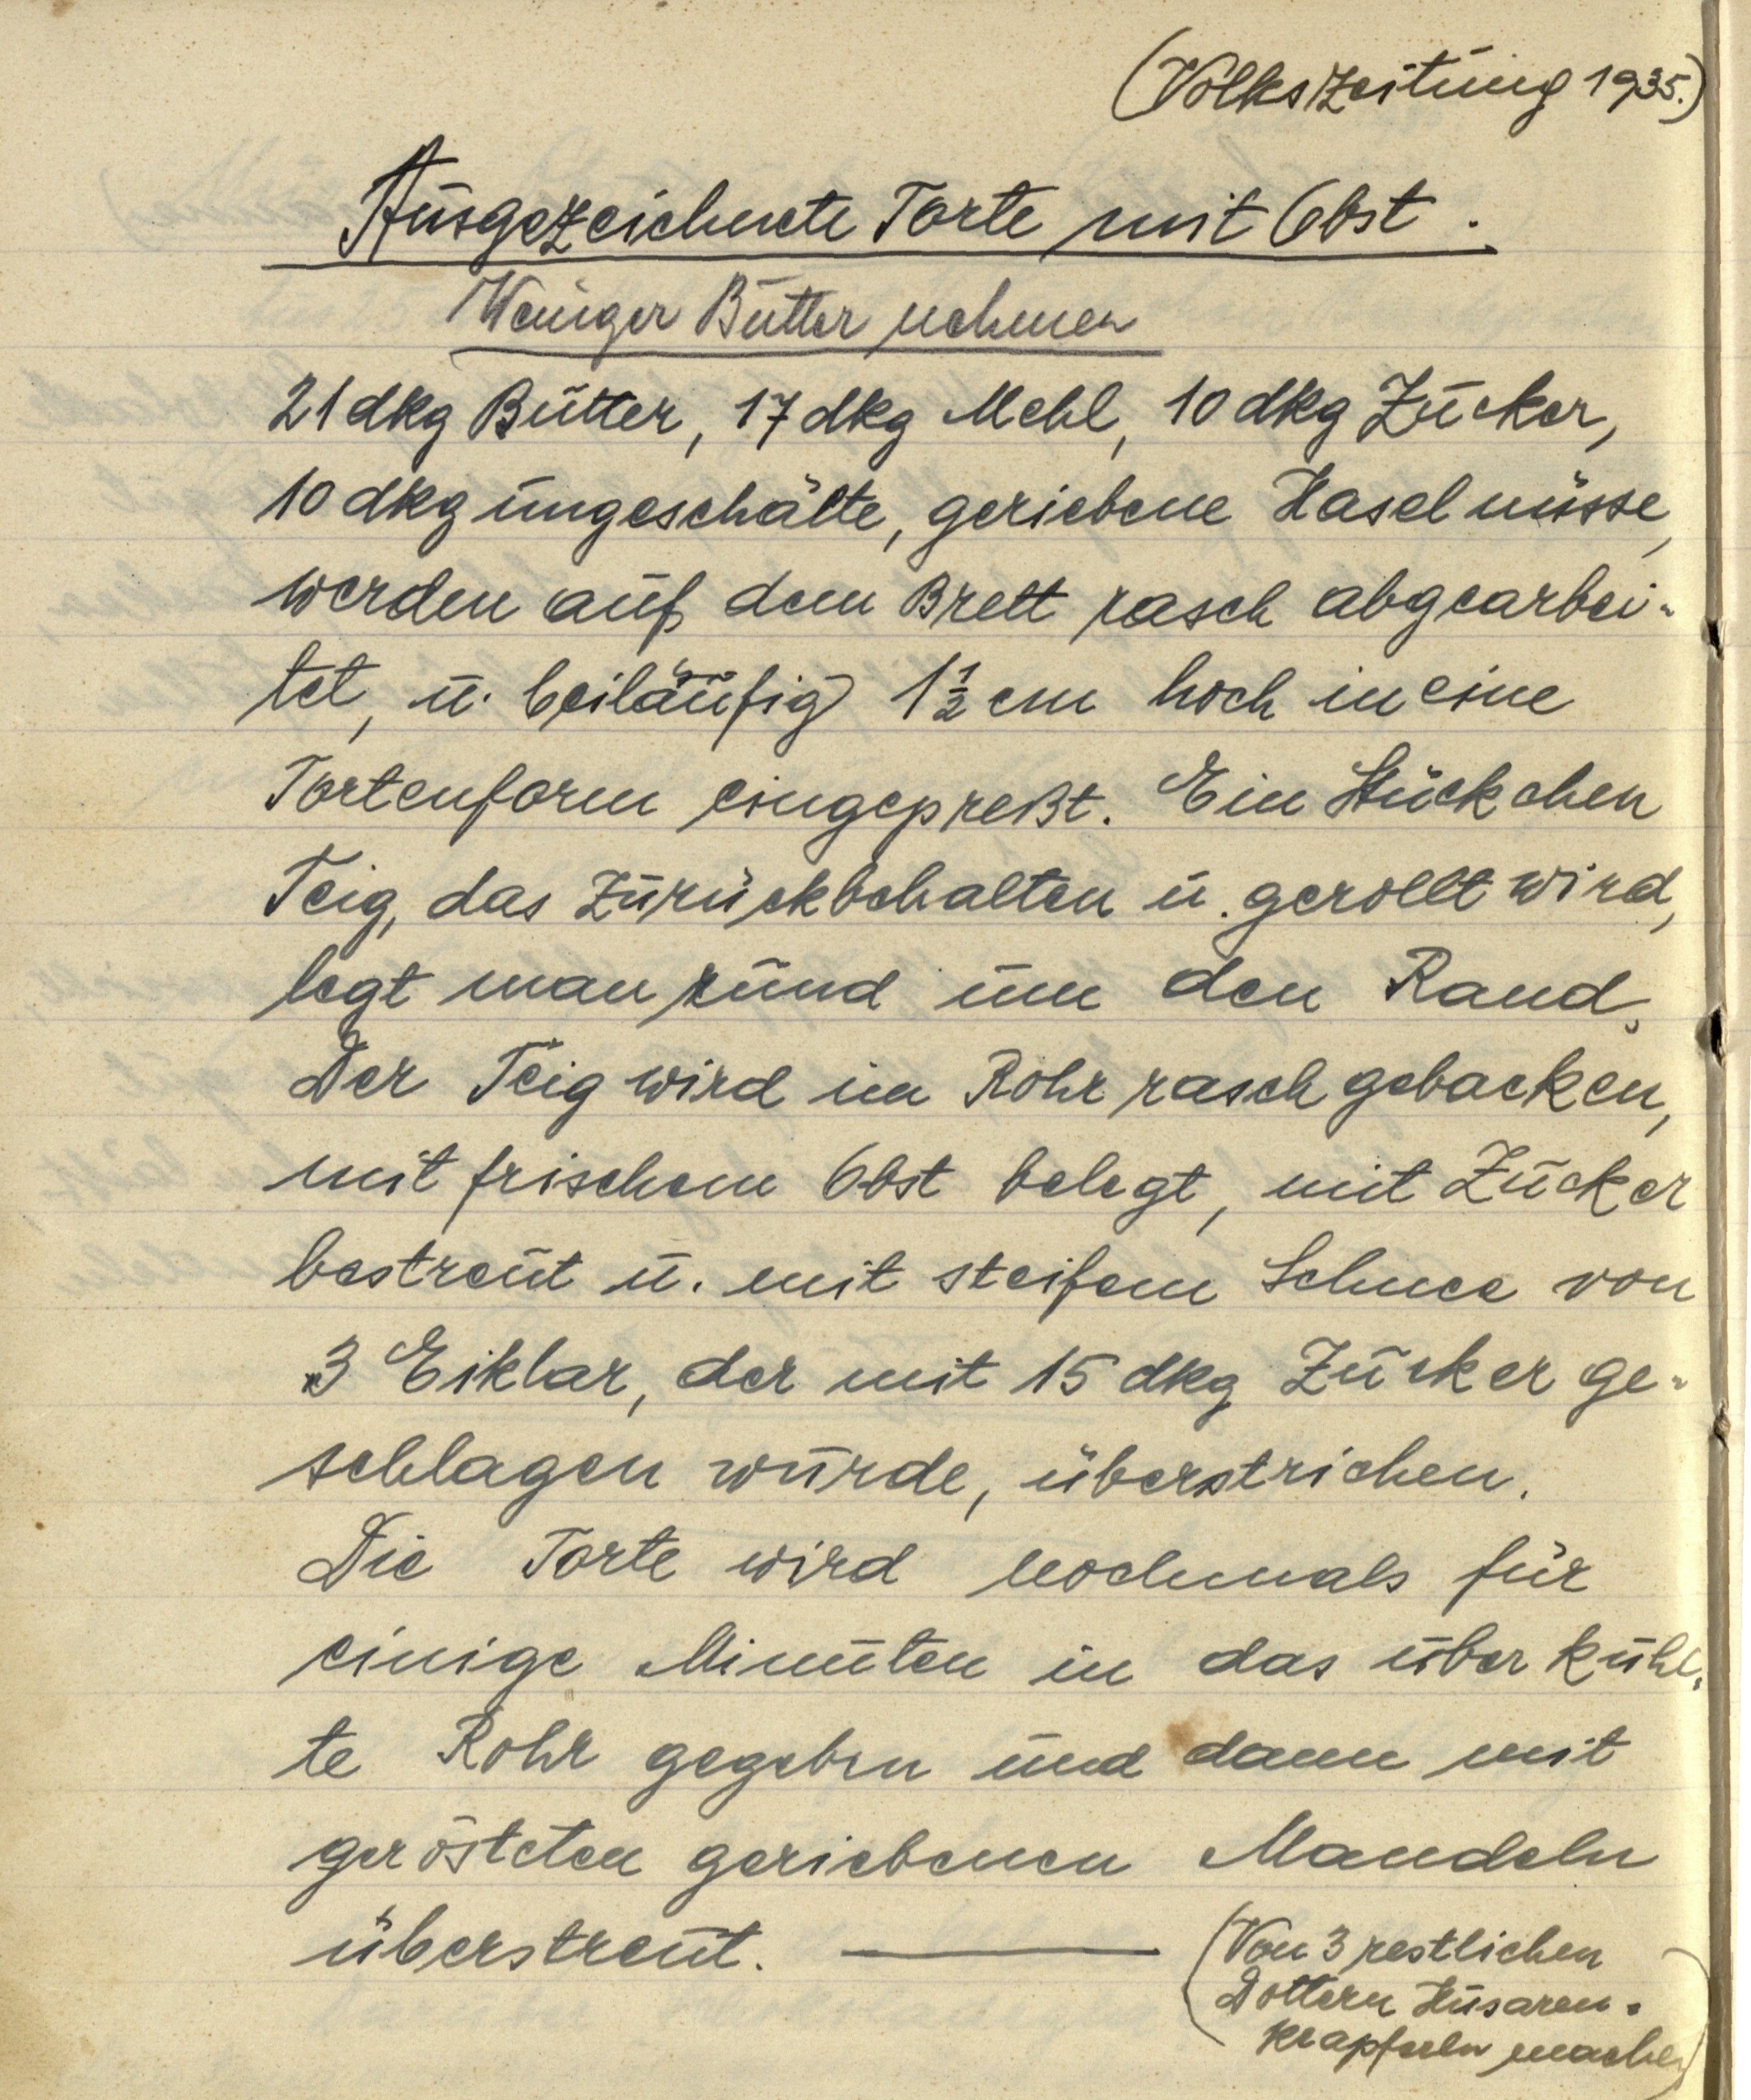
(Volkszeitung 1935.)

Ausgezeichnete Torte mit Obst.
Weniger Butter nehmen
21 dkg Butter, 17 dkg Mehl, 10 dkg Zucker,
10 dkg ungeschälte, geriebene Haselnüsse,
werden auf dem Brett rasch abgearbei¬
tet, u. beiläufig 1 ½ cm hoch in eine
Tortenform eingepreßt. Ein Stückchen
Teig, das zurückbehalten u. gerollt wird,
legt man rund um den Rand,
der Teig wird im Rohr rasch gebacken,
mit frischem Obst belegt, mit Zucker
bestreut u. mit steifem Schnee von
3 Eiklar, der mit 15 dkg Zucker ge¬
schlagen wurde, überstrichen.
Die Torte wird nochmals für
einige Minuten in das überkühl¬
te Rohr gegeben und dann mit
gerösteten geriebenen Mandeln
überstreut.
(Von 3 restlichen
Dottern Husaren¬
krapferln machen)